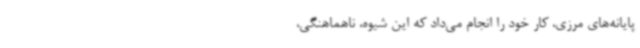
پایانه‌های مرزی، کار خود را انجام می‌داد که این شیوه، ناهماهنگی،